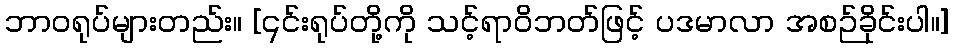
ဘာဝရုပ်များတည်း။ [၎င်းရုပ်တို့ကို သင့်ရာဝိဘတ်ဖြင့် ပဒမာလာ အစဉ်ခိုင်းပါ။]